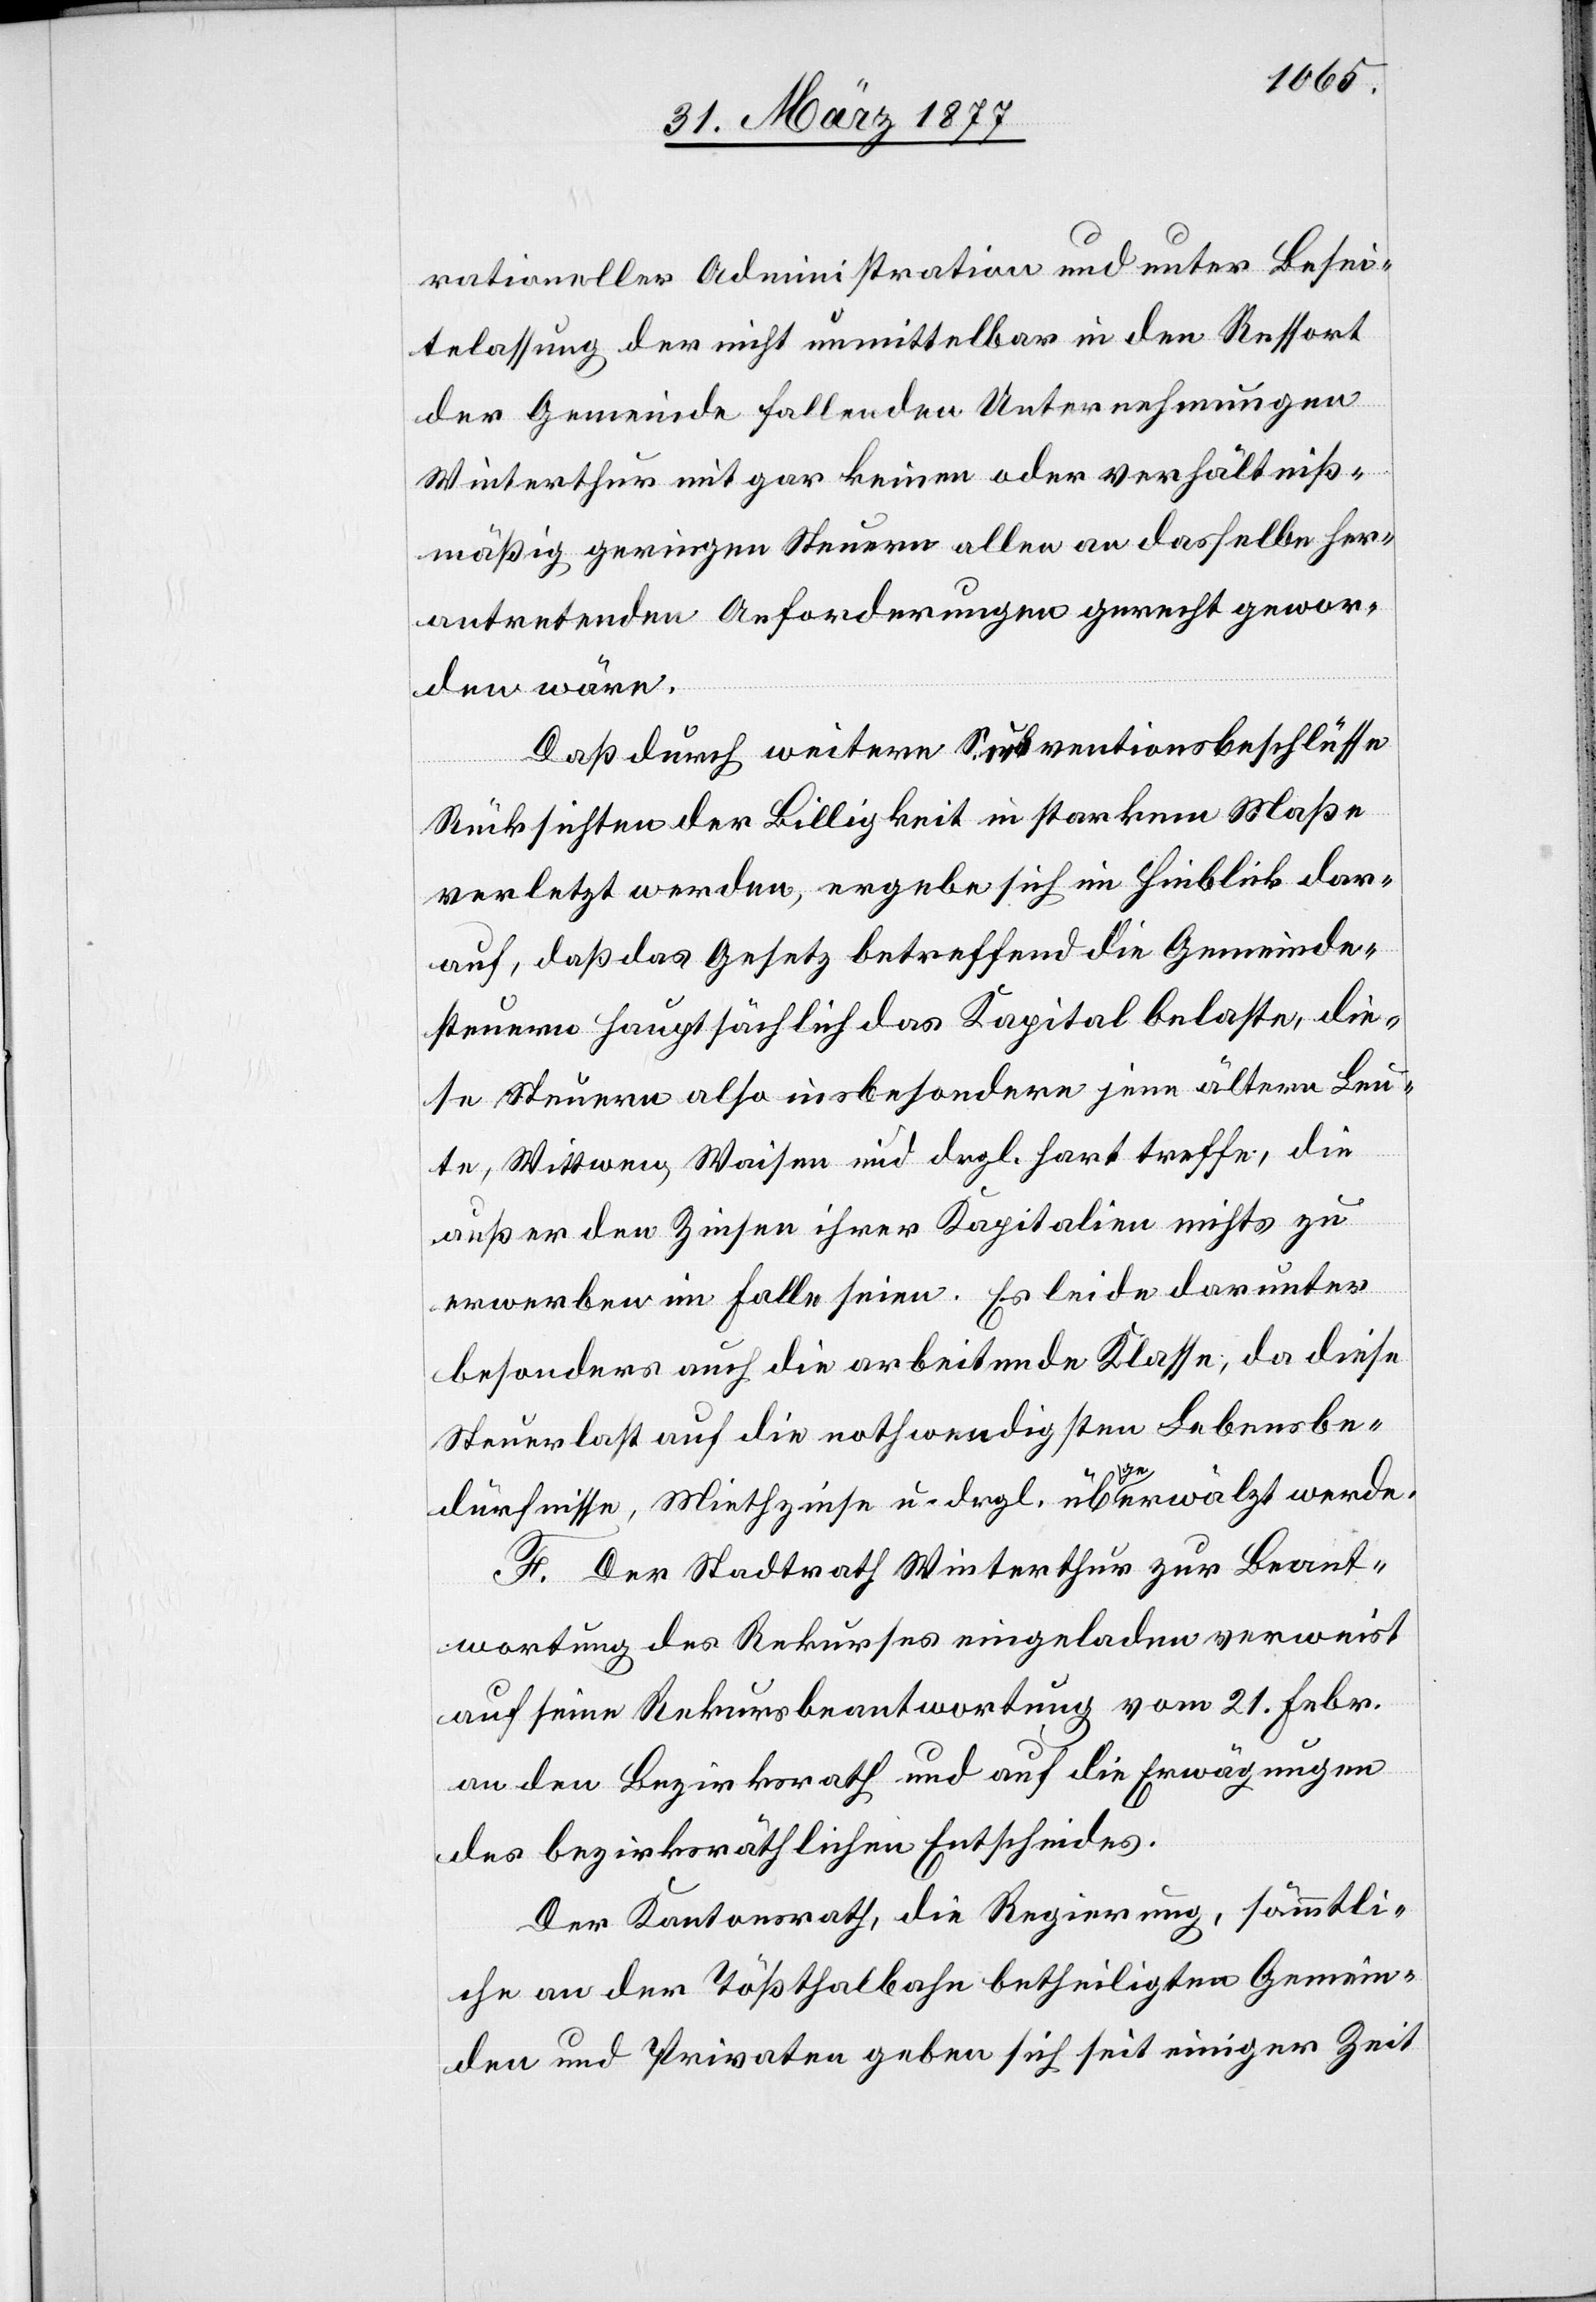
rationeller Administration und unter Beisei¬
telassung der nicht unmittelbar in den Ressort
der Gemeinde fallenden Unternehmungen
Winterthur mit gar keinen oder verhältniß¬
mäßig geringen Steuern allen an dasselbe her¬
antretenden Anforderungen gerecht gewor¬
den wäre.
Daß durch weitere Subventionsbeschlüsse
Rücksichten der Billigkeit in starkem Maße
verletzt werden, ergebe sich im Hinblick dar¬
auf, daß das Gesetz betreffend die Gemeinde¬
steuer hauptsächlich das Kapital belaste, die¬
se Steuer also insbesondere jene ältern Leu¬
te, Witwen, Waisen und dergl. hart treffe, die
außer den Zinsen ihrer Kapitalien nichts zu
erwerben im Falle seien. Es leide darunter
besonders auch die arbeitende Klasse, da diese
Steuerlast auf die nothwendigsten Lebensbe¬
dürfnisse, Miethzinsen u. dergl. übergewälzt werde.
F. Der Stadtrath Winterthur zur Beant¬
wortung des Rekurses eingeladen verweist
auf seine Rekursbeantwortung vom 21. Febr.
an den Bezirksrath und auf die Erwägungen
des bezirksräthlichen Entscheides.
Der Kantonsrath, die Regierung, sämmtli¬
che an der Tößthalbahn betheiligten Gemein¬
den und Privaten geben sich seit einiger Zeit